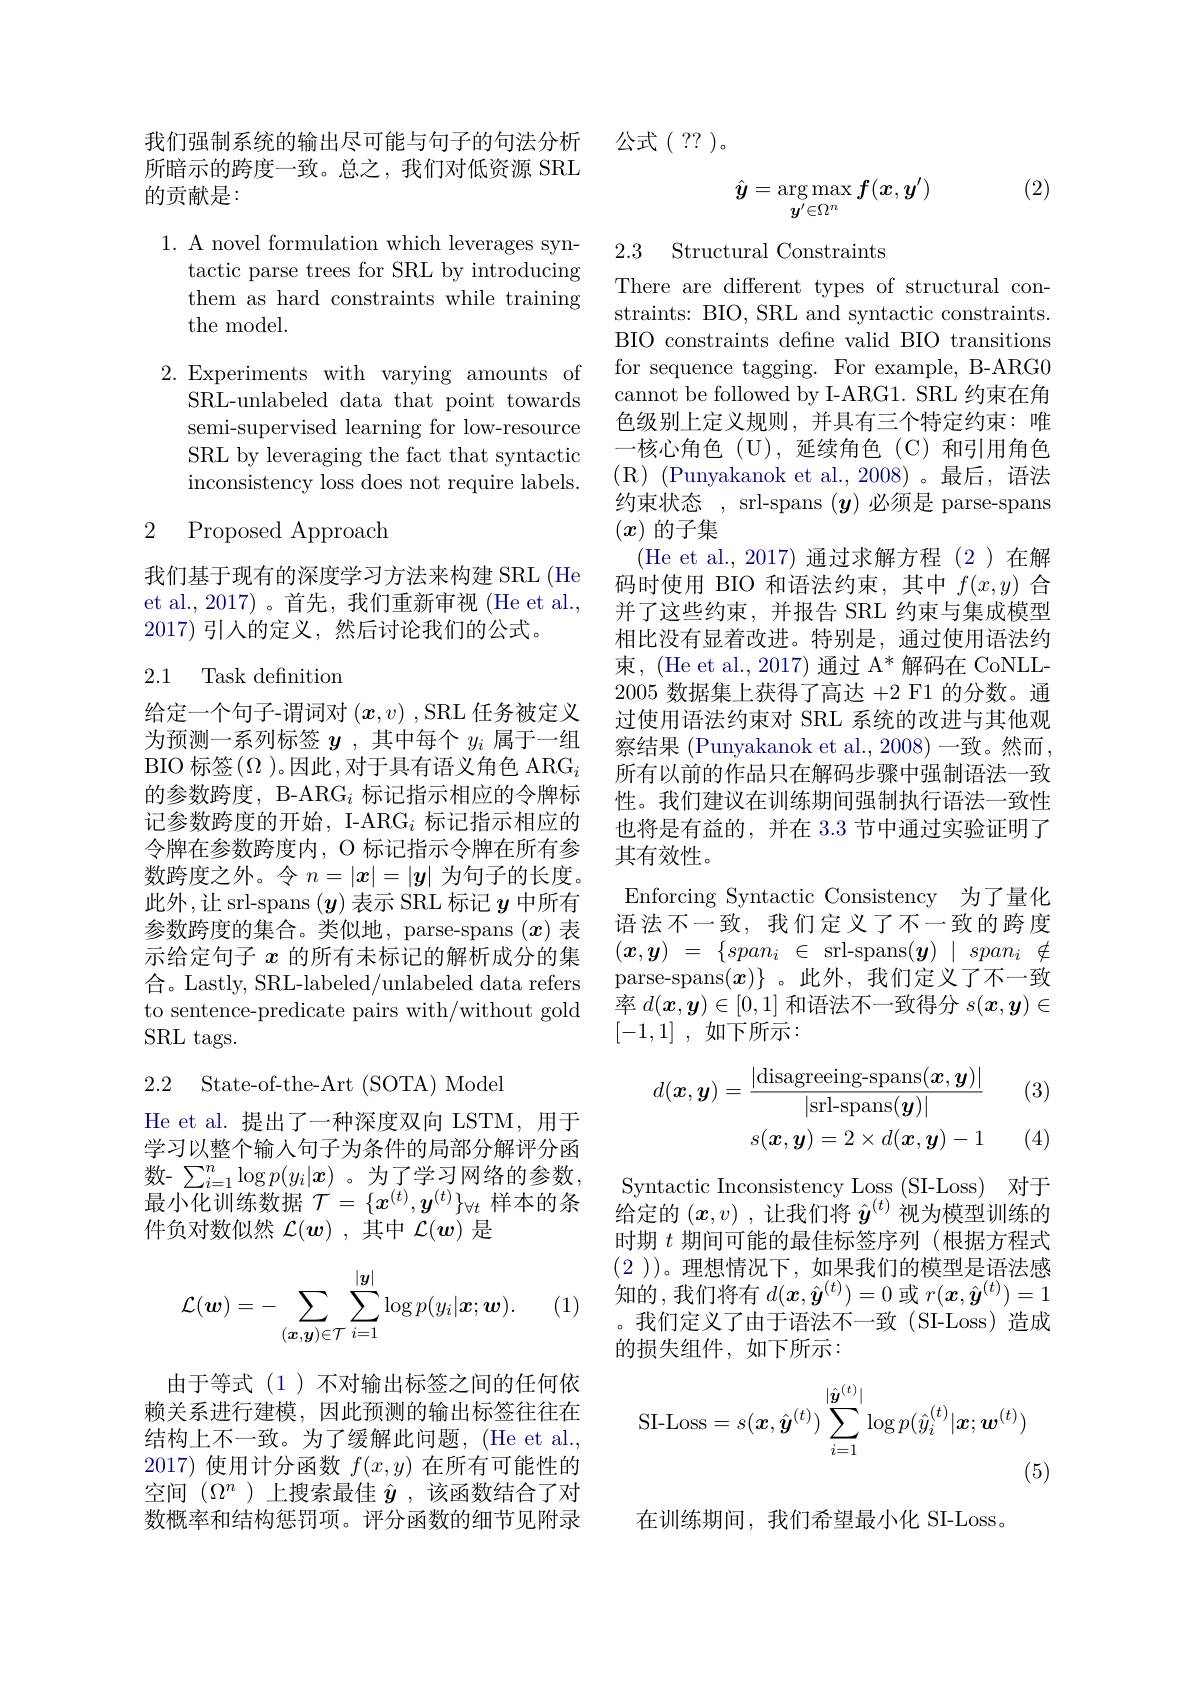
我们强制系统的输出尽可能与句子的句法分析所暗示的跨度一致。总之，我们对低资源 SRL 的贡献是：

1. A novel formulation which leverages syn-
tactic parse trees for SRL by introducing them as hard constraints while training the model.

2.Experiments with varying amounts of
SRL-unlabeled data that point towards semi-supervised learning for low-resource SRL by leveraging the fact that syntactic inconsistency loss does not require labels.

### 2 Proposed Approach

我们基于现有的深度学习方法来构建 SRL(He et al., 2017) 。首先，我们重新审视 (He et al., 2017)引入的定义，然后讨论我们的公式。

### 2.1 Task definitiom

给定一个句子-谓词对$(\boldsymbol{x},v)$ ,SRL 任务被定义为预测一系列标签$y$ ,其中每个$y_i$属于一组BIO 标签$(\Omega$ )。因此，对于具有语义角色 ARG$_i$ 的参数跨度，B-ARG$_i$标记指示相应的令牌标记参数跨度的开始，I-ARG$_i$标记指示相应的令牌在参数跨度内，O 标记指示令牌在所有参数跨度之外。令$n=|x|=|y|$为句子的长度。此外，让 srl-spans ($\boldsymbol{y}$)表示 SRL 标记$\boldsymbol{y}$中所有参数跨度的集合。类似地，parse-spans $(x)$表示给定句子$x$的所有未标记的解析成分的集合。Lastly, SRL-labeled/unlabeled data refers to sentence-predicate pairs with/without gold SRL tags.

2.2 State-of-the-Art (SOTA) Model

He et al. 提出了一种深度双向 LSTM, 用于学习以整个输入句子为条件的局部分解评分函数- $\sum_{i=1}^n\log p(y_i|\boldsymbol{x})$ 。为了学习网络的参数， 最小化训练数据$\mathcal{T}=\{x^{(t)},\boldsymbol{y}^{(t)}\}_{\forall t}$样本的条件负对数似然$\mathcal{L}(\boldsymbol{w})$ ,其中$\mathcal{L}(\boldsymbol{w})$是
$$\mathcal{L}(\boldsymbol{w})=-\sum_{(\boldsymbol{x},\boldsymbol{y})\in\mathcal{T}}\sum_{i=1}^{|\boldsymbol{y}|}\log p(y_i|\boldsymbol{x};\boldsymbol{w}).$$
(1)

由于等式(1)不对输出标签之间的任何依赖关系进行建模，因此预测的输出标签往往在结构上不一致。为了缓解此问题，(He et al., 2017) 使用计分函数$f(x,y)$在所有可能性的空间$(\Omega^n$ )上搜索最佳$\hat{y}$ ,该函数结合了对数概率和结构惩罚项。评分函数的细节见附录

公式( ??)。

(2)
$$\hat{\boldsymbol{y}}=\arg\max_{\boldsymbol{y}^{\prime}\in\Omega^n}f(\boldsymbol{x},\boldsymbol{y}^{\prime})$$
## 2.3 Structural Constraints

There are different types of structural constraints: BIO, SRL and syntactic constraints. BIO constraints define valid BIO transitions for sequence tagging. For example, B-ARG0 cannot be followed by I-ARG1. SRL 约束在角色级别上定义规则，并具有三个特定约束：唯一核心角色(U),延续角色(C)和引用角色约束状态 , srl-spans ($y$)必须是 parse-spans $(x)$的子集
(He et al.,2017)通过求解方程(2)在解码时使用 BIO 和语法约束，其中$f(x,y)$合并了这些约束，并报告 SRL 约束与集成模型相比没有显着改进。特别是，通过使用语法约束，(He et al., 2017) 通过$\mathrm{A}^*$解码在 CoNLL- 2005 数据集上获得了高达+2 F1 的分数。通过使用语法约束对 SRL 系统的改进与其他观察结果 (Punyakanok et al., 2008)一致。然而， 所有以前的作品只在解码步骤中强制语法一致性。我们建议在训练期间强制执行语法一致性也将是有益的，并在 3.3 节中通过实验证明了其有效性。
Enforcing Syntactic Consistency 为了量化语法不一致，我们定义了不一致的跨度$( x, y)$ = $\{ span_i$ $\in$ srl- spans$( \boldsymbol{y})$ $\mid$ $span_i$ $\notin$ parse-spans$(\boldsymbol{x})\}$ 。此外，我们定义了不一致率$d(\boldsymbol{x},\boldsymbol{y})\in[0,1]$和语法不一致得分$s(\boldsymbol{x},\boldsymbol{y})\in$ [-1,1] , 如下所示：
$$\begin{aligned}d(\boldsymbol{x},\boldsymbol{y})&=\frac{|\mathrm{disagreeing-spans}(\boldsymbol{x},\boldsymbol{y})|}{|\mathrm{srl-spans}(\boldsymbol{y})|}\\&s(\boldsymbol{x},\boldsymbol{y})=2\times d(\boldsymbol{x},\boldsymbol{y})-1\end{aligned}$$
(3)

(4)

Syntactic Inconsistency Loss (SI-Loss) 对于给定的$(x,v)$ , 让我们将$\hat{\boldsymbol{y}}^{(t)}$视为模型训练的时期$t$期间可能的最佳标签序列 (根据方程式(2 ))。理想情况下，如果我们的模型是语法感知的，我们将有$d(\boldsymbol x,\hat{\boldsymbol{y}}^{(t)})=0$或$r(\boldsymbol x,\hat{\boldsymbol{y}}^{(t)})=1$ 。我们定义了由于语法不一致(SI-Loss)造成的损失组件，如下所示：
$$\mathrm{SI-Loss}=s(\boldsymbol{x},\hat{\boldsymbol{y}}^{(t)})\sum_{i=1}^{|\hat{\boldsymbol{y}}^{(t)}|}\log p(\hat{y}_{i}^{(t)}|\boldsymbol{x};\boldsymbol{w}^{(t)})$$
(5)

在训练期间，我们希望最小化 SI-Loss。